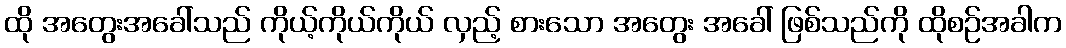
ထို အတွေးအခေါ်သည် ကိုယ့်ကိုယ်ကိုယ် လှည့် စားသော အတွေး အခေါ် ဖြစ်သည်ကို ထိုစဉ်အခါက